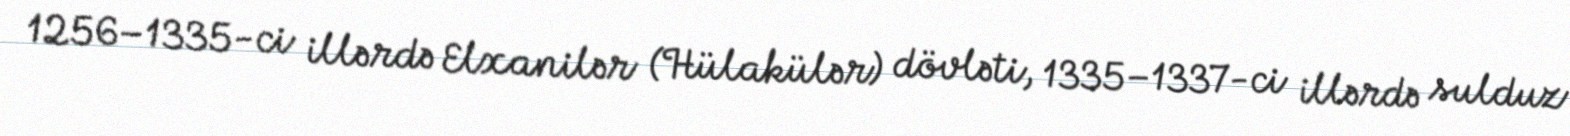
1256–1335-ci illərdə Elxanilər (Hülakülər) dövləti, 1335–1337-ci illərdə sulduz